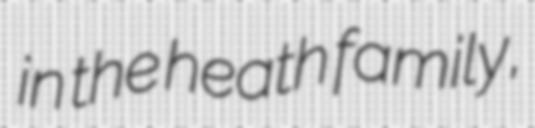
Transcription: in the heath family,